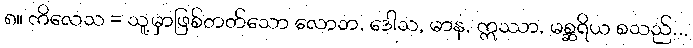
၈။ ကိလေသ = သူ့မှာဖြစ်တတ်သော လောဘ, ဒေါသ, မာန, ဣဿာ, မစ္ဆရိယ စသည်...